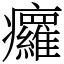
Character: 㿚